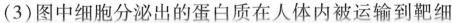
(3)图中细胞分泌出的蛋白质在人体内被运输到靶细